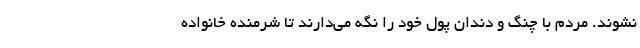
نشوند. مردم با چنگ و دندان پول خود را نگه می‌دارند تا شرمنده خانواده